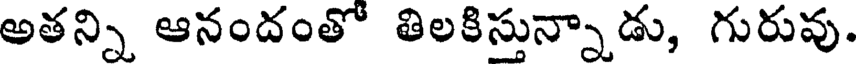
అతన్ని ఆనందంతో తిలకిస్తున్నాడు, గురువు.